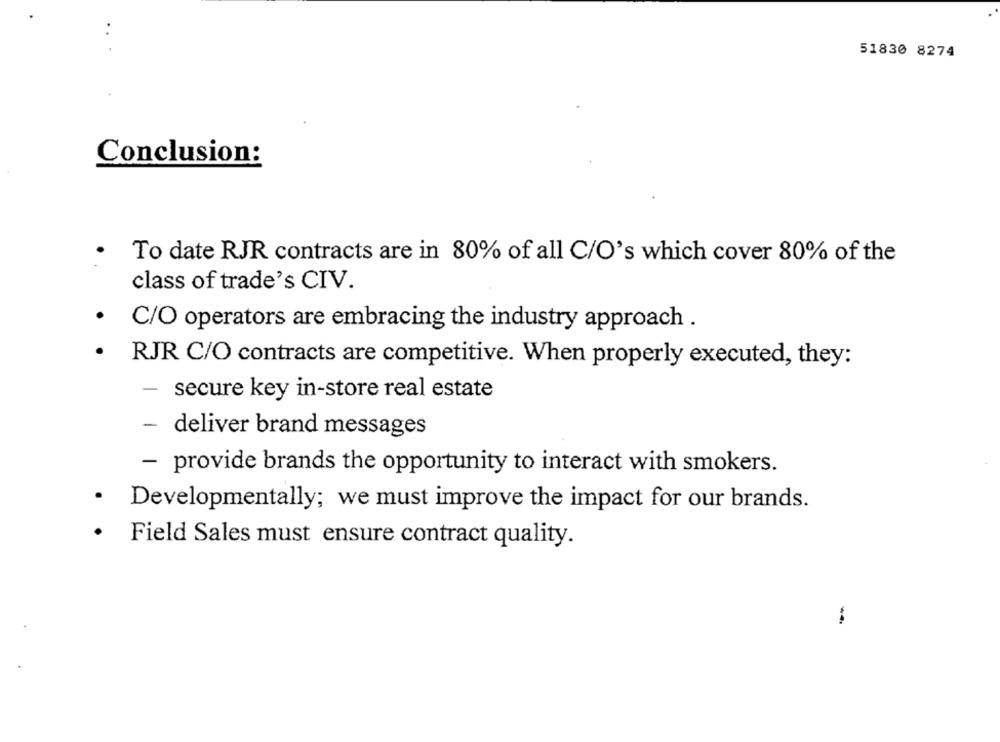
51830 8274
Conclusion:
To date RJR contracts are in 80% of all C/O's which cover 80% of the
class of trade's CIV.
.
C/O operators are embracing the industry approach .
RJR C/O contracts are competitive. When properly executed, they:
- secure key in-store real estate
- deliver brand messages
- provide brands the opportunity to interact with smokers.
· Developmentally; we must improve the impact for our brands.
.
Field Sales must ensure contract quality.
..